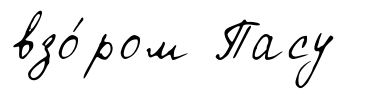
взо́ром Пасу